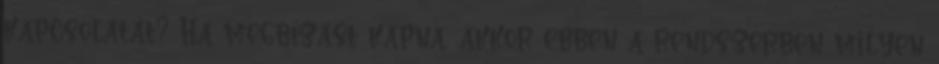
kapcsolatát? Ha megbízást kapna, akkor ebben a rendszerben milyen